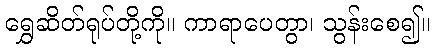
ရွှေဆိတ်ရုပ်တို့ကို။ ကာရာပေတွာ၊ သွန်းစေ၍။